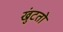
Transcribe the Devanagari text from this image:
खुंटतो